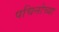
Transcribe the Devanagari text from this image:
पचिनोच्या